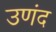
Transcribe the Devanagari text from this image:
उणंद